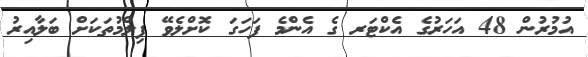
އުމުރުން 48 އަހަރުގެ އެކްޓަރ ގެ އެންމެ ފަހަގަ ކޮށްލެވޭ ފިލްމުތަކަށް ބަލާއިރު